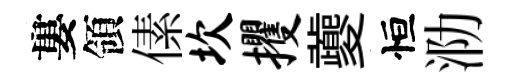
婁領傃坎攫夔恒泐